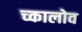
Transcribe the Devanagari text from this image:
च्कालोव